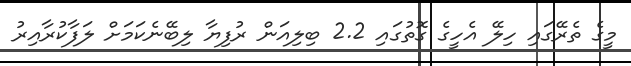
މީގެ ތެރޭގައި ހިލޭ އެހީގެ ގޮތުގައި 2.2 ބިލިއަން ރުފިޔާ ލިބޭނެކަމަށް ލަފާކުރާއިރު